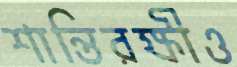
শান্তিরক্ষীও